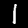
Label: 1